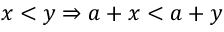
x < y \Rightarrow a + x < a + y